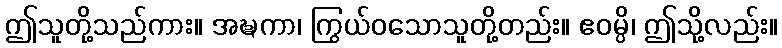
ဤသူတို့သည်ကား။ အဍ္ဎကာ၊ ကြွယ်ဝသောသူတို့တည်း။ ဧဝမ္ပိ၊ ဤသို့လည်း။